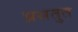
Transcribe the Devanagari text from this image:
प्रसतुत